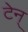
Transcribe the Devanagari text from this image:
टेन्